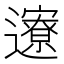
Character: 𬩪